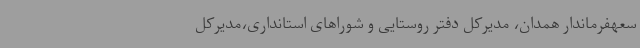
سعهفرماندار همدان، مدیرکل دفتر روستایی و شوراهای استانداری،مدیرکل